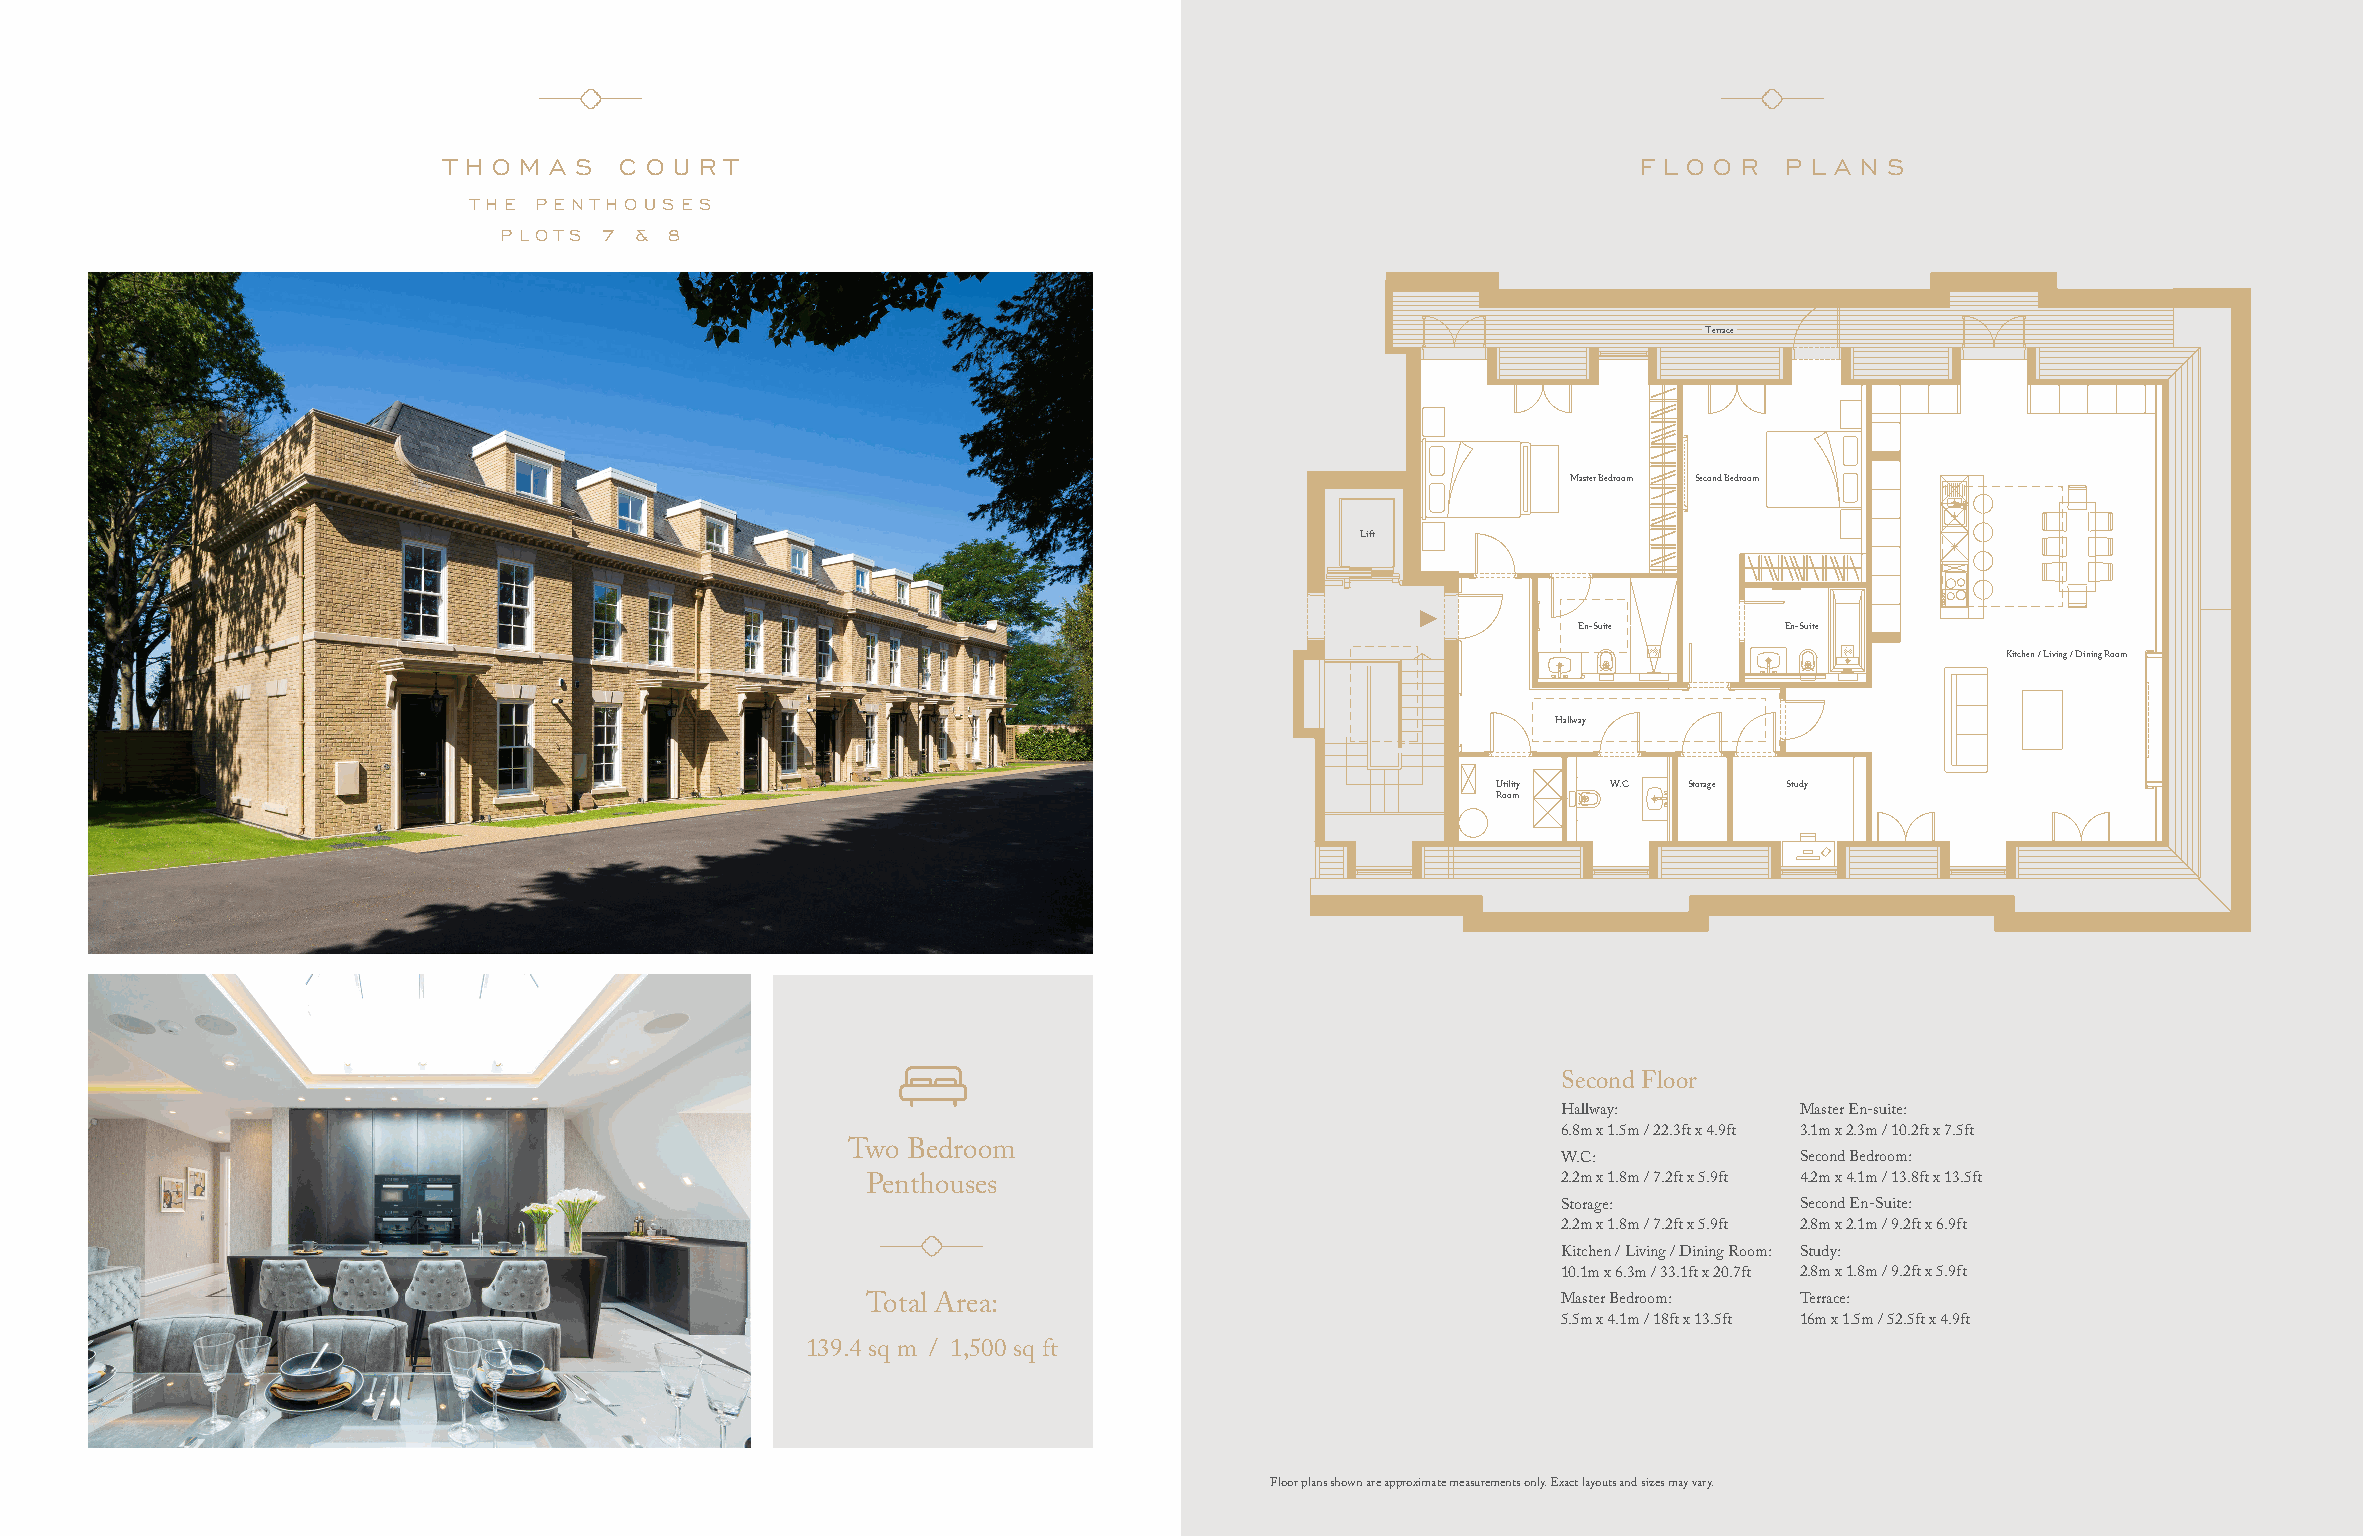
T H O M A S C O U R T                                                           F L O O R P L A N S
 THE PENTHOU  SES
 PLO TS 7 & 8
 Terrace
 Master Bedroom Second Bedroom
 Lift
 En-Suite      En-Suite
 Kitchen / Living / Dining Room
 Hallway
 Utility W.C  Storage Study
 Room
 Second Floor
 Hallway:        Master En-suite:
 6.8m x 1.5m / 22.3ft x 4.9ft 3.1m x 2.3m / 10.2ft x 7.5ft
 Two Bedroom
 W.C:            Second Bedroom:
 2.2m x 1.8m / 7.2ft x 5.9ft 4.2m x 4.1m / 13.8ft x 13.5ft
 Penthouses
 Storage:        Second En-Suite:
 2.2m x 1.8m / 7.2ft x 5.9ft 2.8m x 2.1m / 9.2ft x 6.9ft
 Kitchen / Living / Dining Room: Study:
 10.1m x 6.3m / 33.1ft x 20.7ft 2.8m x 1.8m / 9.2ft x 5.9ft
 Total Area:                                   Master Bedroom: Terrace:
 5.5m x 4.1m / 18ft x 13.5ft 16m x 1.5m / 52.5ft x 4.9ft
 139.4 sq m / 1,500 sq ft
 Floor plans shown are approximate measurements only. Exact layouts and sizes may vary.